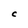
Character: C